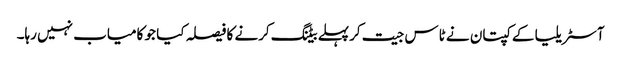
آسٹریلیا کے کپتان نے ٹاس جیت کرپہلے بیٹنگ کرنے کا فیصلہ کیا جو کامیاب نہیں رہا۔